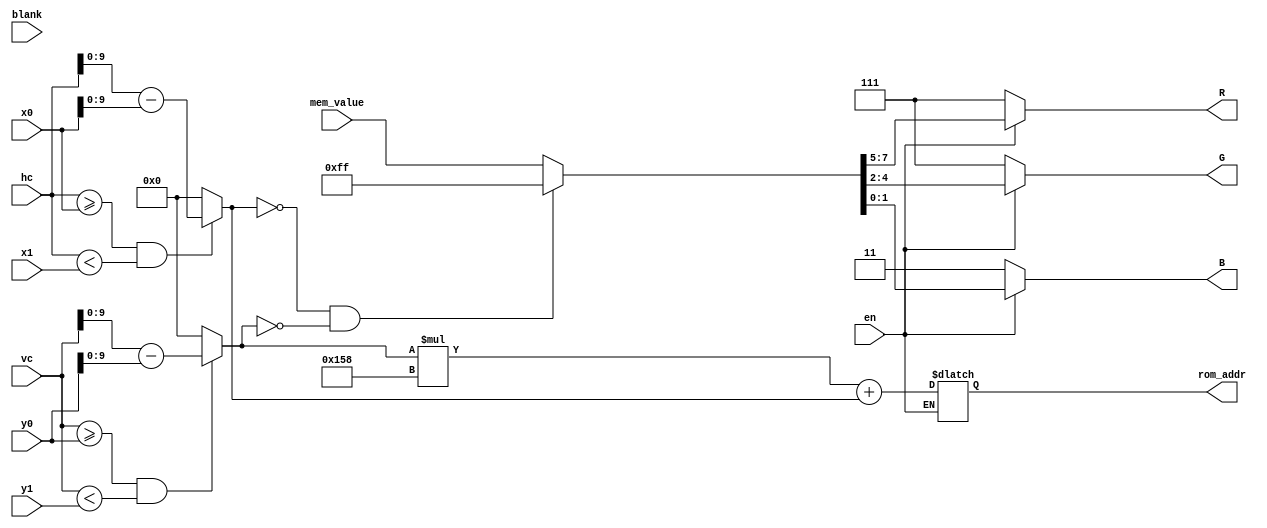
`timescale 1ns / 1ps
//////////////////////////////////////////////////////////////////////////////////
// Company: Boston University
// 
// Design Name: 	VGA sprites controller
// Module Name:    vga_bsprite 
// Project Name:  vga_display
// Target Devices: xc6slx16
// Tool versions: ISE 13.3
// Description: This project calls memory sprites to show on the screen
//
// Dependencies: game_over_mem, vga_controller
//
// Revision: 
// Revision 0.01 - File Created
// Additional Comments: 
//
//////////////////////////////////////////////////////////////////////////////////
module vga_bsprite(x0, y0, x1, y1, hc, vc, mem_value, rom_addr, R, G, B, blank, en);
	input [10:0] x0, y0, x1, y1;	// Coordinates of where the image will be placed
	input [10:0] hc, vc;	// Coordinates of the current pixel
	input [7:0] mem_value;	// Memory value at address "rom_addr"
	input blank;
	input en;
	output reg [14:0] rom_addr;	// ROM address
	output reg [2:0] R, G;
	output reg [1:0] B;	// RGB values outputs;
	
	reg [9:0] x, y;
	
	
	always @ (*) begin
		if (en) begin
			if (hc >= x0 & hc < x1)		// make sure thath x1-x0 = image_width
				x = hc-x0;	// offset the coordinates
			else
				x = 0;
				
			if (vc >= y0 & vc < y1)		// make sure that y1-y0 = image_height
				y = vc - y0;	//offset the coordinates
			else
				y = 0;
				
			rom_addr = y * 344 + x; // calculate the address
			// rom_addr = y*image_width + x
			
			if (x==0 & y==0)		// set the color output
				{R,G,B} = 8'd255;
			else
				{R,G,B} = mem_value;
		end else begin
			{R,G,B} = 8'd255;
		end
	end
endmodule